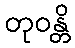
တုဝန္တိ